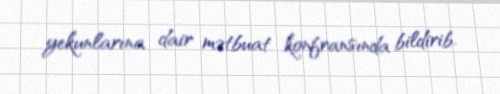
yekunlarına dair mətbuat konfransında bildirib.